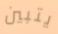
يتبين